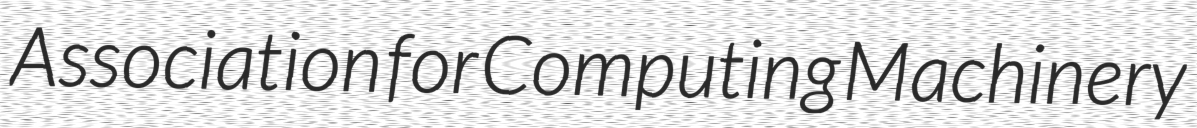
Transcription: Association for Computing Machinery